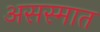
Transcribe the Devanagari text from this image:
असस्मात